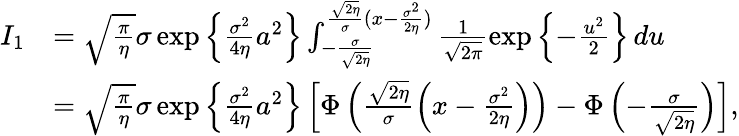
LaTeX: \begin{array}{rl}{I_{1}}&{=\sqrt{\frac{\pi}{\eta}}\sigma\exp\left\{ \frac{\sigma^{2}}{4\eta}a^{2}\right\} \int_{-\frac{\sigma}{\sqrt{2\eta}}}^{\frac{\sqrt{2\eta}}{\sigma}(x-\frac{\sigma^{2}}{2\eta})}\frac{1}{\sqrt{2\pi}}\exp\left\{ -\frac{u^{2}}{2}\right\} \, du}\\ &{=\sqrt{\frac{\pi}{\eta}}\sigma\exp\left\{ \frac{\sigma^{2}}{4\eta}a^{2}\right\} \left[\Phi\left(\frac{\sqrt{2\eta}}{\sigma}\left(x-\frac{\sigma^{2}}{2\eta}\right)\right)-\Phi\left(-\frac{\sigma}{\sqrt{2\eta}}\right)\right],}\end{array}